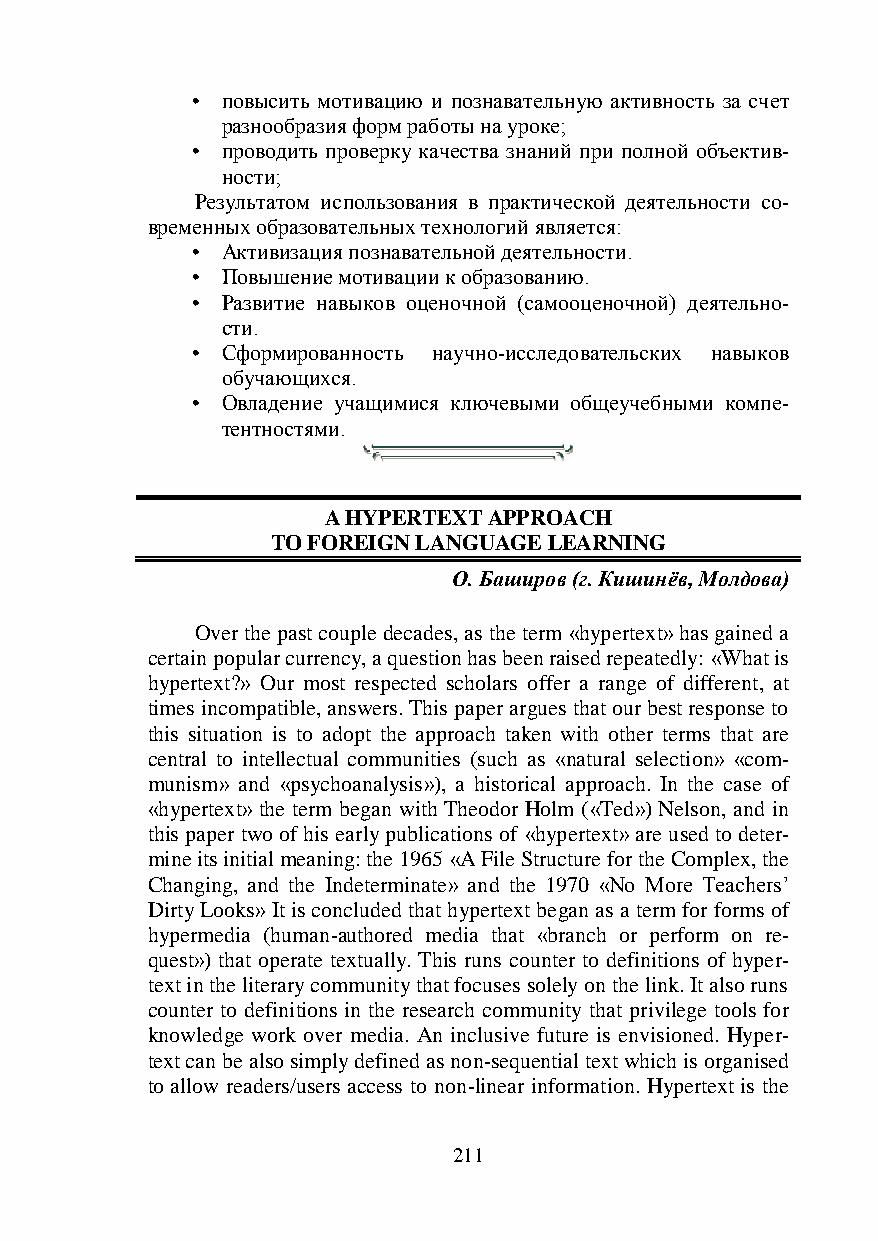
• повысить мотивацию и познавательную активность за счет
 разнообразия форм работы на уроке;
 • проводить проверку качества знаний при полной объектив-
 ности;
 Результатом использования в практической деятельности со-
 временных образовательных технологий является:
 • Активизация познавательной деятельности.
 • Повышение мотивации к образованию.
 • Развитие навыков оценочной (самооценочной) деятельно-
 сти.
 • Сформированность научно-исследовательских навыков
 обучающихся.
 • Овладение учащимися ключевыми общеучебными компе-
 тентностями.
 A HYPERTEXT APPROACH
 TO FOREIGN LANGUAGE LEARNING
 О. Баширов (г. Кишинёв, Молдова)
 Over the past couple decades, as the term «hypertext» has gained a
 certain popular currency, a question has been raised repeatedly: «What is
 hypertext?» Our most respected scholars offer a range of different, at
 times incompatible, answers. This paper argues that our best response to
 this situation is to adopt the approach taken with other terms that are
 central to intellectual communities (such as «natural selection» «com-
 munism» and «psychoanalysis»), a historical approach. In the case of
 «hypertext» the term began with Theodor Holm («Ted») Nelson, and in
 this paper two of his early publications of «hypertext» are used to deter-
 mine its initial meaning: the 1965 «A File Structure for the Complex, the
 Changing, and the Indeterminate» and the 1970 «No More Teachers’
 Dirty Looks» It is concluded that hypertext began as a term for forms of
 hypermedia (human-authored media that «branch or perform on re-
 quest») that operate textually. This runs counter to definitions of hyper-
 text in the literary community that focuses solely on the link. It also runs
 counter to definitions in the research community that privilege tools for
 knowledge work over media. An inclusive future is envisioned. Hyper-
 text can be also simply defined as non-sequential text which is organised
 to allow readers/users access to non-linear information. Hypertext is the
 211